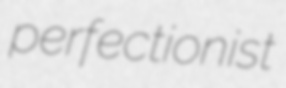
perfectionist